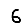
Digit: 6